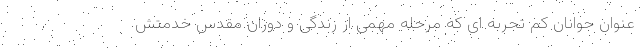
عنوان جوانان کم تجربه ای که مرحله مهمی از زندگی و دوران مقدس خدمتش